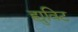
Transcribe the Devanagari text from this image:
ह्युविट